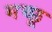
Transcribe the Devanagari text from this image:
मच्‍छू